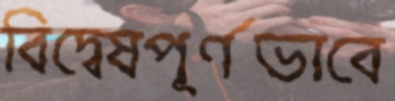
বিদ্বেষপূর্ণভাবে